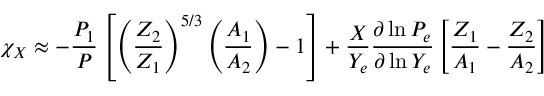
\chi _ { X } \approx - { \frac { P _ { 1 } } { P } } \left[ \left( { \frac { Z _ { 2 } } { Z _ { 1 } } } \right) ^ { 5 / 3 } \left( { \frac { A _ { 1 } } { A _ { 2 } } } \right) - 1 \right] + { \frac { X } { Y _ { e } } } { \frac { \partial \ln P _ { e } } { \partial \ln Y _ { e } } } \left[ { \frac { Z _ { 1 } } { A _ { 1 } } } - { \frac { Z _ { 2 } } { A _ { 2 } } } \right]